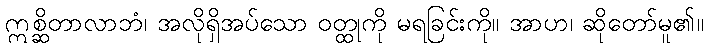
ဣစ္ဆိတာလာဘံ၊ အလိုရှိအပ်သော ဝတ္ထုကို မရခြင်းကို။ အာဟ၊ ဆိုတော်မူ၏။